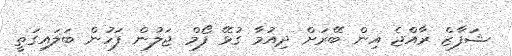
ޝަފާޒް ރާއްޖެ އިން ބޭރަށް ދިއުމާ ގުޅޭ ފޯމް ޖަލުން ފަހުން ބަލައިގަތީ